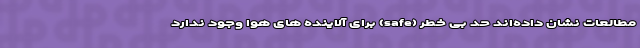
مطالعات نشان داده‌اند حد بی خطر (safe) برای آلاینده های هوا وجود ندارد